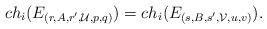
LaTeX: \begin{align*}ch_i(E_{(r,A,r',\mathcal{U},p,q)}) = ch_i(E_{(s,B,s',\mathcal{V},u,v)}). \end{align*}